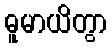
ဓူမာယိတွာ